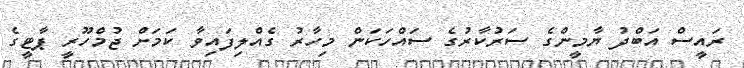
ރައީސް އަބްދު ޔާމީންގެ ސަރުކާރުގެ ސައްހަކަން މިހާރު ގެއްލިފައިވާ ކަމަށް ޖުމްހޫރީ ޕާޓީގެ